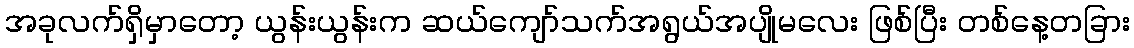
အခုလက်ရှိမှာတော့ ယွန်းယွန်းက ဆယ်ကျော်သက်အရွယ်အပျိုမလေး ဖြစ်ပြီး တစ်နေ့တခြား